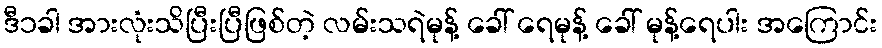
ဒီ၁ခါ အားလုံးသိပြီးပြီဖြစ်တဲ့ လမ်းသရဲမုန့် ခေါ် ရေမုန့် ခေါ် မုန့်ရေပါး အကြောင်း